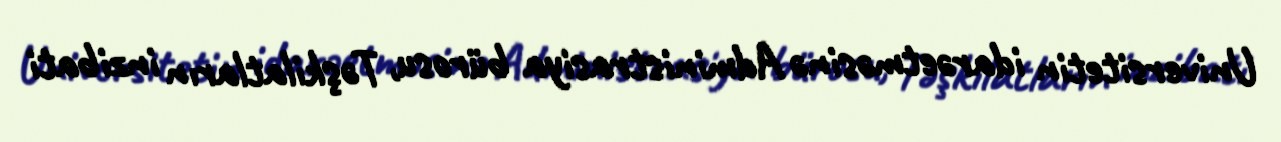
Universitetin idarəetməsinə Administrasiya bürosu, Təşkilatların inzibati